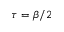
\tau = \beta / 2